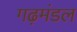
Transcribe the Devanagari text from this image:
गढ़मंडल